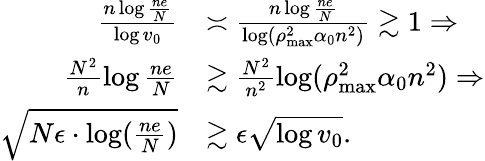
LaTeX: \begin{array}{rl}{\frac{n\log\frac{ne}{N}}{\log v_{0}}}&{\asymp\frac{n\log\frac{ne}{N}}{\log(\rho_{\operatorname*{max}}^{2}\alpha_{0}n^{2})}\gtrsim 1\Rightarrow}\\ {\frac{N^{2}}{n}\log\frac{ne}{N}}&{\gtrsim\frac{N^{2}}{n^{2}}\log(\rho_{\operatorname*{max}}^{2}\alpha_{0}n^{2})\Rightarrow}\\ {\sqrt{N\epsilon\cdot\log(\frac{ne}{N})}}&{\gtrsim\epsilon\sqrt{\log v_{0}}.}\end{array}